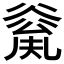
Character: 𠔲